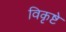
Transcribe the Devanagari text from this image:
विकृष्टे